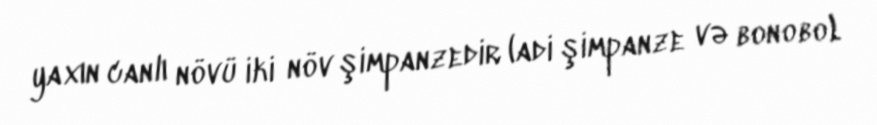
yaxın canlı növü iki növ şimpanzedir (adi şimpanze və bonobo).